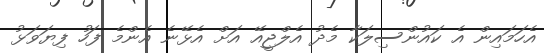
އެހަމައިން އެ ކައުންސިލަކާ މެދު އެލްޖީއޭ އަށް އެޅޭނެ އެންމެ ފަހު ފިޔަވަޅު